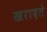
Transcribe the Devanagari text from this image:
खरादते